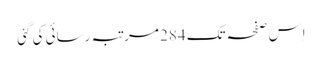
اِس صفحہ تک 284 مرتبہ رسائی کی گئی